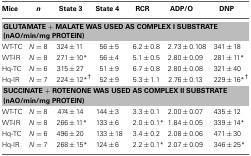
<table><thead><tr><td><b>Mice</b></td><td><b><i>n</i></b></td><td><b>State 3</b></td><td><b>State 4</b></td><td><b>RCR</b></td><td><b>ADP/O</b></td><td><b>DNP</b></td></tr></thead><tbody><tr><td colspan="7"><b>GLUTAMATE + MALATE WAS USED AS COMPLEX I SUBSTRATE (nAO/min/mg PROTEIN)</b></td></tr><tr><td>WT-TC</td><td><i>N</i> = 8</td><td>324 ± 11</td><td>56 ± 5</td><td>6.2 ± 0.8</td><td>2.73 ± 0.108</td><td>341 ± 18</td></tr><tr><td>WT-IR</td><td><i>N</i> = 8</td><td>271 ± 10<sup>*</sup></td><td>56 ± 4</td><td>5.1 ± 0.5</td><td>2.80 ± 0.09</td><td>281 ± 11<sup>*</sup></td></tr><tr><td>Hq-TC</td><td><i>N</i> = 6</td><td>315 ± 27</td><td>51 ± 9</td><td>6.7 ± 0.8</td><td>2.80 ± 0.08</td><td>321 ± 40</td></tr><tr><td>Hq-IR</td><td><i>N</i> = 7</td><td>224 ± 12<sup>*</sup><sup>†</sup></td><td>52 ± 9</td><td>5.3 ± 1.1</td><td>2.76 ± 0.13</td><td>229 ± 16<sup>*</sup><sup>†</sup></td></tr><tr><td colspan="7"><b>SUCCINATE + ROTENONE WAS USED AS COMPLEX II SUBSTRATE (nAO/min/mg PROTEIN)</b></td></tr><tr><td>WT-TC</td><td><i>N</i> = 8</td><td>474 ± 14</td><td>144 ± 3</td><td>3.3 ± 0.1</td><td>2.00 ± 0.07</td><td>435 ± 12</td></tr><tr><td>WT-IR</td><td><i>N</i> = 8</td><td>266 ± 11<sup>*</sup></td><td>133 ± 6</td><td>2.0 ± 0.1<sup>*</sup></td><td>1.84 ± 0.05</td><td>339 ± 14<sup>*</sup></td></tr><tr><td>Hq-TC</td><td><i>N</i> = 6</td><td>496 ± 20</td><td>133 ± 18</td><td>3.4 ± 0.2</td><td>2.08 ± 0.06</td><td>471 ± 30</td></tr><tr><td>Hq-IR</td><td><i>N</i> = 7</td><td>268 ± 15<sup>*</sup></td><td>124 ± 6</td><td>2.2 ± 0.1<sup>*</sup></td><td>2.07 ± 0.09</td><td>346 ± 25<sup>*</sup></td></tr></tbody></table>